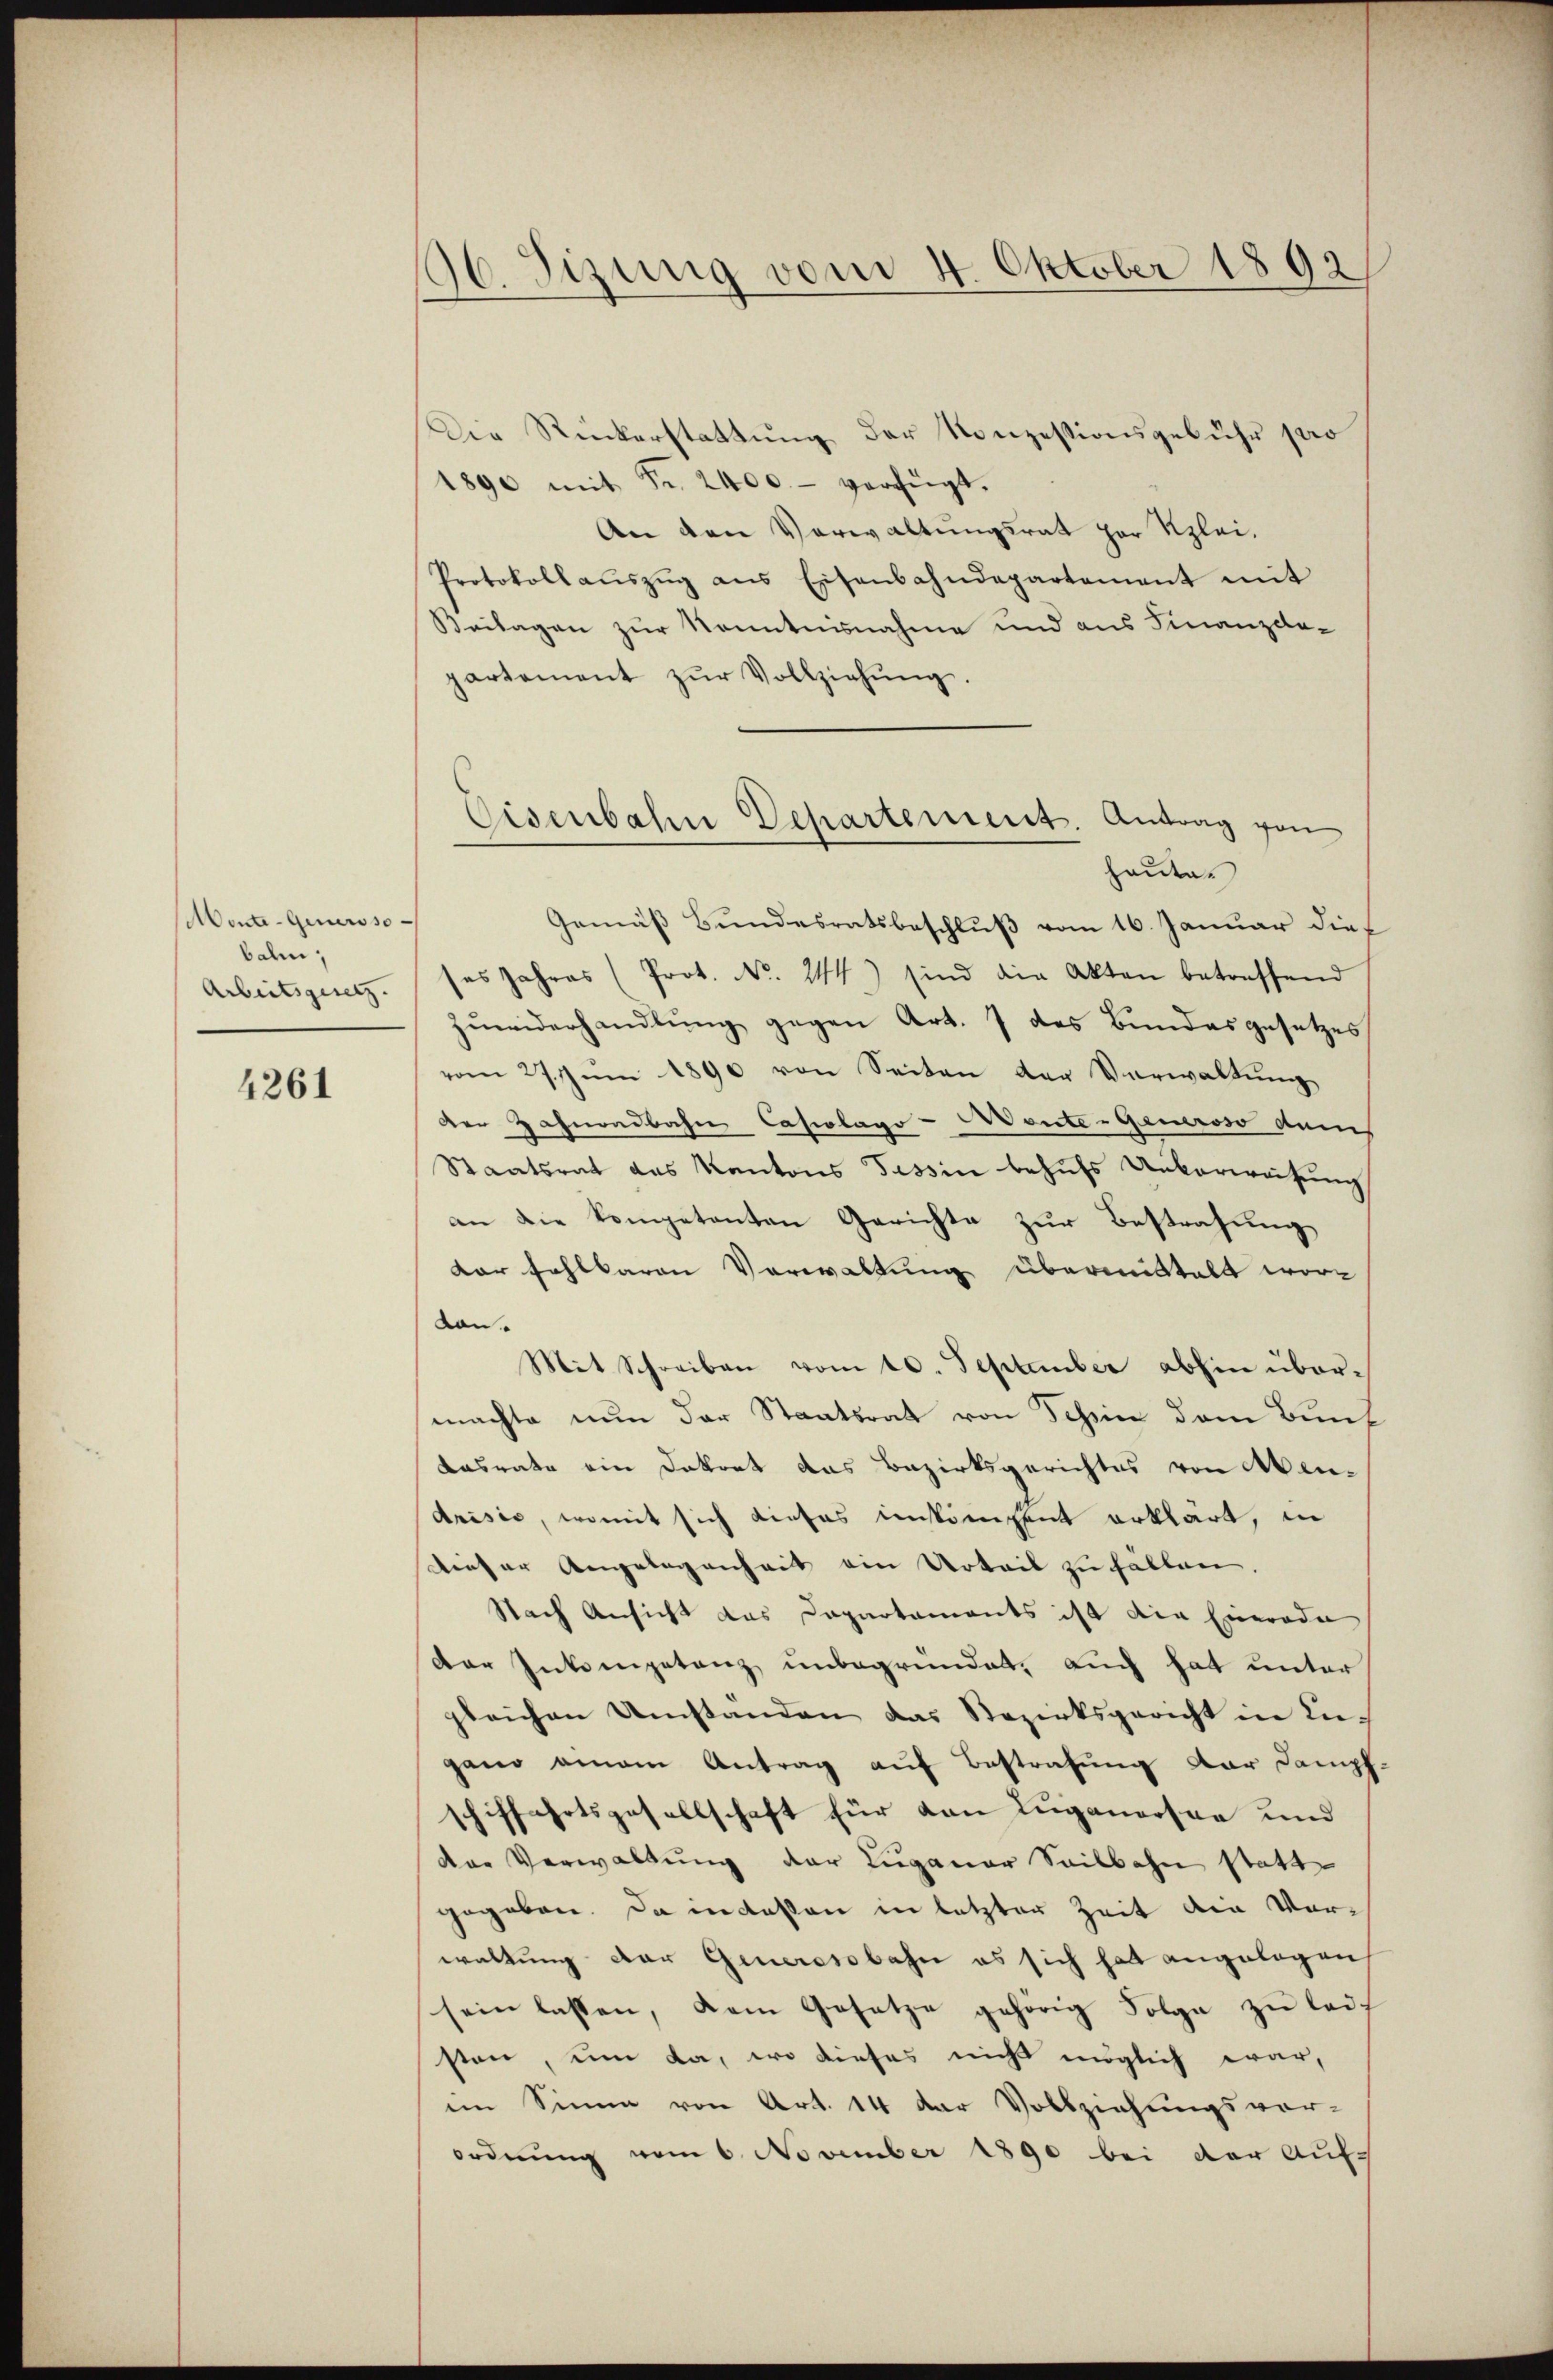
Monte-Genersso
balm;
Arbeitsgesetz.

4261

36 Sizung vom 4. Oktober 1892

Die Rückerstattung der Konzessionsgebühr pro
1890 mit Fr. 2400.- verfügt.
An den Verwaltungsrat her Klei¬
Protokoll aŭszŭg ans Eisenbahndepartement mit
Beilagen zur Kenntnisnahme und aus Finanzdapartement zŭr Vollziehŭng.
haute
Gemäß Bundesratsbeschluß vom 16. Januar dies
ses Jahres (Prot. No. 244) sind die Akten betreffend
zŭwiderhandlŭng gegen Art. 7 des Bundesgesetzes
vom 27. Juni 1890 von Seiten der Verwaltung
der Hahnondbahn Casiolago-Monte- Generoso dems
Staatsrat des Kantons Tessin behufs Ueberweisung
an die kompetenten Gerichte zur Bestrafung
dar fehlbaren Verwaltung übermittelt wordon.
Mit Schreiben vom 10 September abhin übermachte nun der Staatsrat von Tehin dem Bunf
Dasrate ein Dokort das Bezirksgerichtes von Mendrisis, womit sich dieses einstiment erklärt, in
dieser Angelegenheit ein Urteil zufällen.
Nach Ansicht das Dapartaments ist die Einerode
der Inkompetenz unbegründet, auch hat unter
gleichen Umstanden das Bezirksgericht in In-
gano einem Antrag auf Bestrafung dar Dampf-
schiffahrtsgesellschaft für von Luganorsee und
der Verwaltung der Luganer Seilbahn statt
gegeben. Da indeßen in letzter Zeit die Vorwaltung der Generosobahn es sich hat angelegen
sein lassen, dem Gesetze gehörig Folge zŭ leisten, um da, wo dieses nicht möglich war,
im Sinne von Art. 14 der Vollziehungsvor-
ordnung vom 6. November 1890 bei der Auf-

Eisenbahn Departement. Antrag von